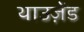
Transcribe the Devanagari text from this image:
थाउज़ेंड